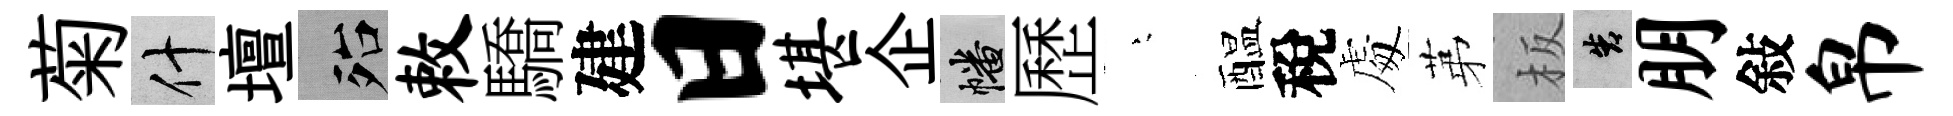
菊什壇殆敕驕建日堪企幡歷堂醖稅䖏苐板告朋敍帛